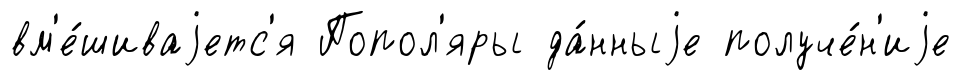
вм'е́шиваjетс'я Попол'яры да́нныjе получе́н'иjе